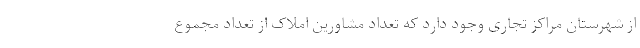
از شهرستان مراکز تجاری وجود دارد که تعداد مشاورین املاک از تعداد مجموع